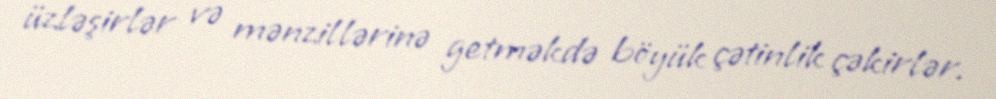
üzləşirlər və mənzillərinə getməkdə böyük çətinlik çəkirlər.